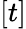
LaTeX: [t]